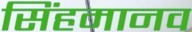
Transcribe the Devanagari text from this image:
सिंहमानव